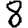
Digit: 8